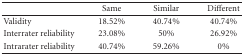
<table><thead><tr><td><b> </b></td><td><b>Same</b></td><td><b>Similar</b></td><td><b>Different</b></td></tr></thead><tbody><tr><td>Validity</td><td>18.52%</td><td>40.74%</td><td>40.74%</td></tr><tr><td>Interrater reliability</td><td>23.08%</td><td>50%</td><td>26.92%</td></tr><tr><td>Intrarater reliability</td><td>40.74%</td><td>59.26%</td><td>0%</td></tr></tbody></table>